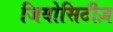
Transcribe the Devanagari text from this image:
जियोसिटीज़